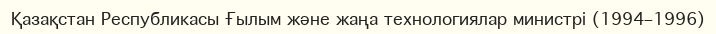
Қазақстан Республикасы Ғылым және жаңа технологиялар министрі (1994–1996)